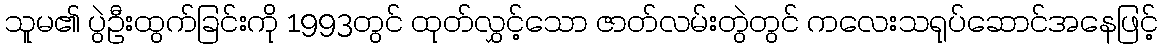
သူမ၏ ပွဲဦးထွက်ခြင်းကို 1993တွင် ထုတ်လွှင့်သော ဇာတ်လမ်းတွဲတွင် ကလေးသရုပ်ဆောင်အနေဖြင့်